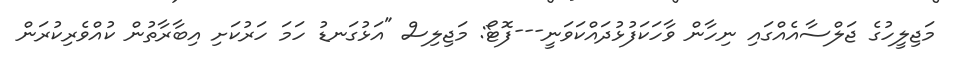
މަޖިލީހުގެ ޖަލްސާއެއްގައި ނިހާން ވާހަކަފުޅުދައްކަވަނީ---ފޮޓޯ: މަޖިލިސް "އަޅުގަނޑު ހަމަ ހަރުކަށި އިބާރާތުން ކުއްވެރިކުރަން